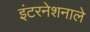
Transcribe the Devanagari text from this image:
इंटरनेशनाले